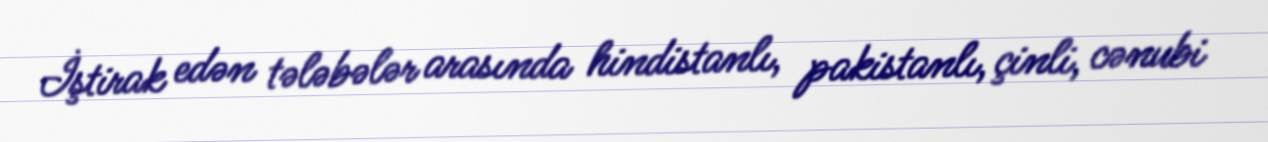
İştirak edən tələbələr arasında hindistanlı, pakistanlı, çinli, cənubi